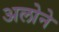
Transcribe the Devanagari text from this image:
अलोने